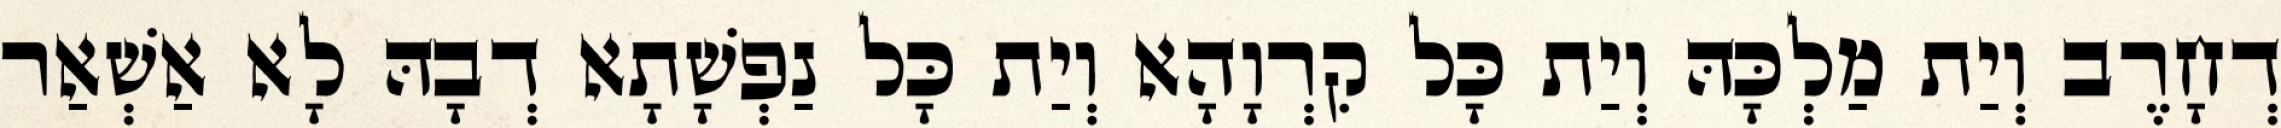
דְחָרֶב וְיַת מַלְכָּהּ וְיַת כָּל קִרְוָהָא וְיַת כָּל נַפְשָׁתָא דְבָהּ לָא אַשְׁאַר